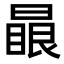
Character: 𣊕